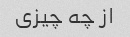
از چه چیزی